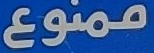
ممنوع